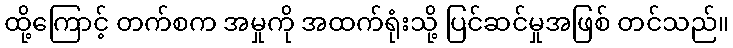
ထို့ကြောင့် တက်စက အမှုကို အထက်ရုံးသို့ ပြင်ဆင်မှုအဖြစ် တင်သည်။